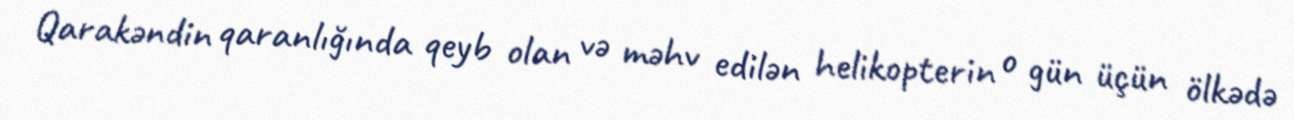
Qarakəndin qaranlığında qeyb olan və məhv edilən helikopterin o gün üçün ölkədə